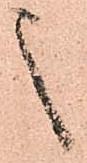
之